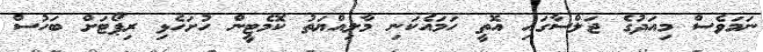
ނަމަވެސް މިއަދުގެ ޖަލްސާގައި އޮތީ ހަމައެކަނި މާލިއްޔަތު ކޮމެޓީން ހުށަހެޅި ރިޕޯޓަށް ބަހުސް